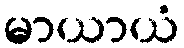
မာယာယံ